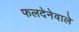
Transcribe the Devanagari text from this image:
फलदेनेवाले